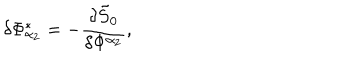
LaTeX: \delta \Phi _ { \alpha _ { 2 } } ^ { * } = - \frac { \delta \tilde { S } _ { 0 } } { \delta \Phi ^ { \alpha _ { 2 } } } ,